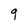
Character: q